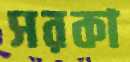
সরকা